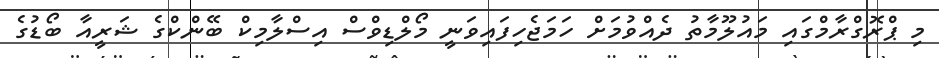
މި ޕްރޮގްރާމްގައި މައުލޫމާތު ދެއްވުމަށް ހަމަޖެހިފައިވަނީ މޯލްޑިވްސް އިސްލާމިކް ބޭންކްގެ ޝަރީއާ ބޯޑުގެ